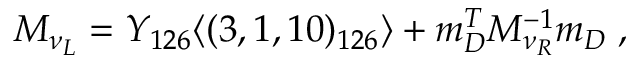
M _ { \nu _ { L } } = Y _ { 1 2 6 } \langle ( 3 , 1 , 1 0 ) _ { 1 2 6 } \rangle + m _ { D } ^ { T } M _ { \nu _ { R } } ^ { - 1 } m _ { D } \; ,